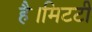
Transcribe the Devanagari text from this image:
है।मिटटी